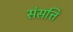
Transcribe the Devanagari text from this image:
संसत्ति